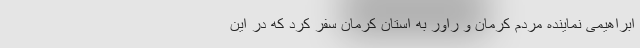
ابراهیمی نماینده مردم کرمان و راور به استان کرمان سفر کرد که در این